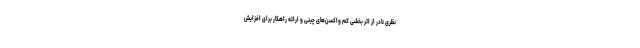
نظری نادر از اثر بخشی کم واکسن‌های چینی و ارائه راهکار برای افزایش